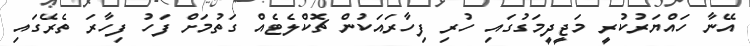
އޭނާ ހައްޔަރުކުރީ މަޖީދީމަގުގައި ހުރި ފިހާރައަކުން ޗޮކްލެޓެއް ގަތުމަށް ފަހު ފިހާރަ ތެރޭގައި